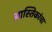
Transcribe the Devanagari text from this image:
आस्तिकांचा